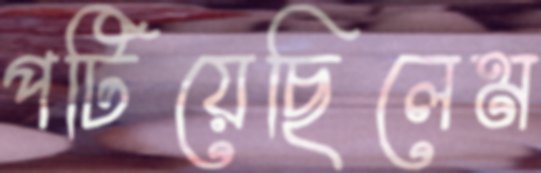
পটিয়েছিলেম